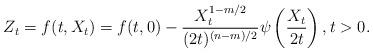
LaTeX: \begin{align*}Z_t = f(t, X_t) = f(t, 0) - \frac{X_t^{1 - m / 2} }{(2t)^{(n- m )/2}} \psi \left(\frac{X_t}{2t}\right), t > 0.\end{align*}